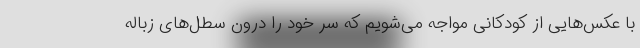
با عکس‌هایی از کودکانی مواجه می‌شویم که سر خود را درون سطل‌های زباله